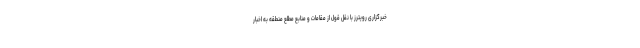
خبرگزاری رویترز با نقل قول از مقامات و منابع مطلع منطقه به اخبار